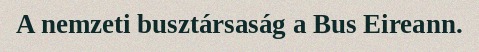
A nemzeti busztársaság a Bus Eireann.